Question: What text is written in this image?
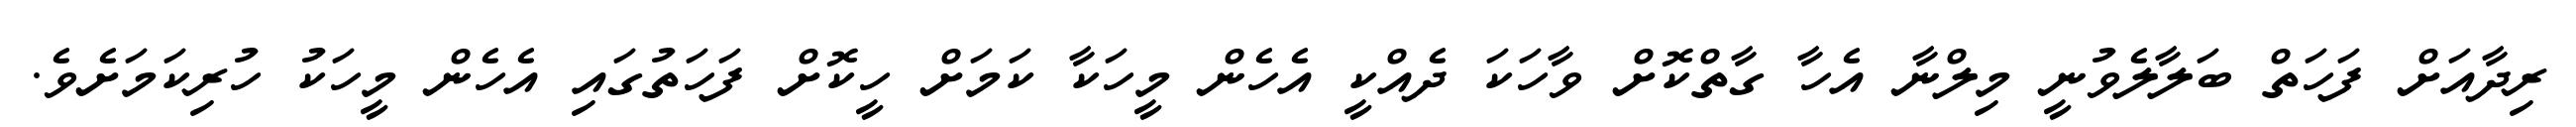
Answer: ރިދާއަށް ފަހަތް ބަލާލެވުނީ މިލްނާ އެހާ ގާތްކޮށް ވާހަކަ ދެއްކީ އެހެން މީހަކާ ކަމަށް ހީކޮށް ފަހަތުގައި އެހެން މީހަކު ހުރިކަމަށެވެ.